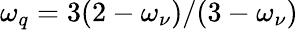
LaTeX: \omega_{q}=3(2-\omega_{\nu})/(3-\omega_{\nu})